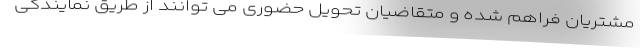
مشتریان فراهم شده و متقاضیان تحویل حضوری می توانند از طریق نمایندگی